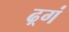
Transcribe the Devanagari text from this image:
ढ़्गं